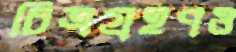
চিত্রগ্রহণও